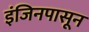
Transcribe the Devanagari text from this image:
इंजिनपासून